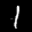
Label: 1